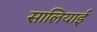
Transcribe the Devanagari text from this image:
सालियाई